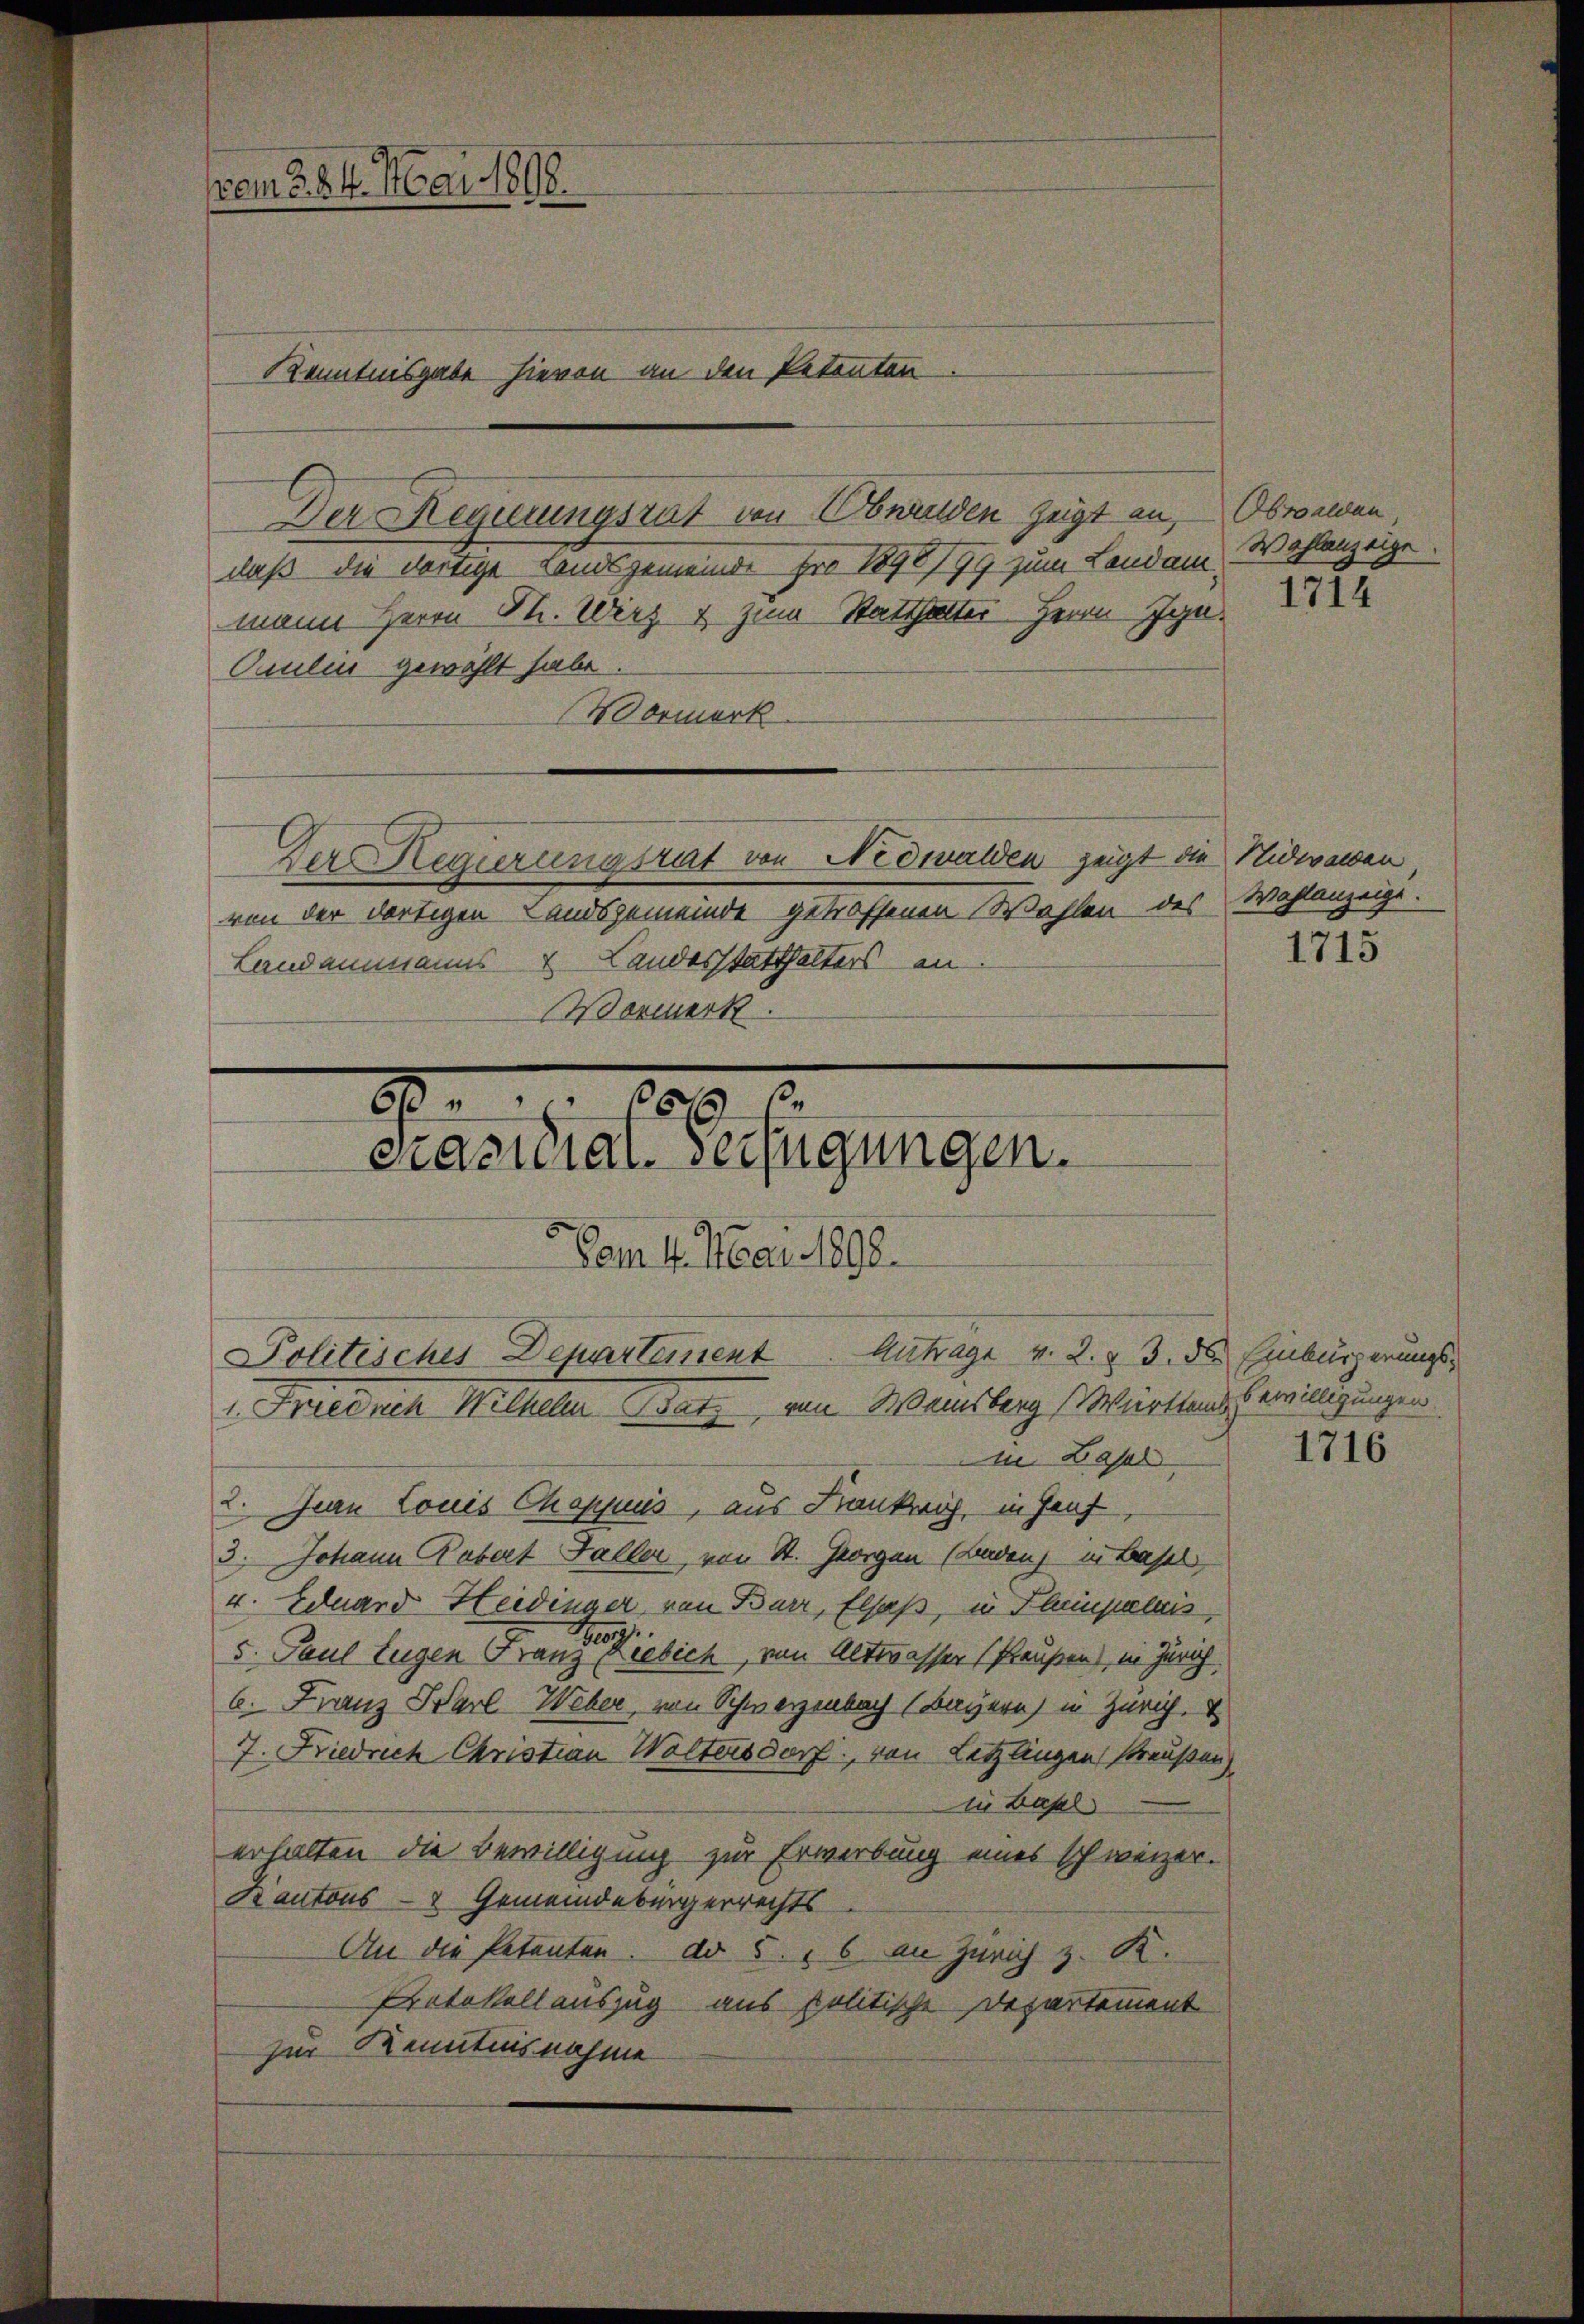
vom 3. 24. Mai 1808.

Der Regierungsrat von Obereiden zeigt an,
daß die dortige Landsgemeinde pro 1898/99 zum Landam
mann Herrn M. Wirz & zum Statthalter Herrn Ign¬
Cculin gewählt habe.
Vormerk
Der Regierungsrat von Nidwalden zeigt die Nidwalden
von der dortigen Landsgemeinde getroffenen Wohlen des Wahlanzeige.
Landammanns Landesstatthalters an
Wormerk

6
2
ciantrat verfügungen.
Vom 4. Mai 1892.

Kenntnisgabe hievon an den Petenten

Politisches Departement

Antrage v. 2. §. 3. ds Einbürgerungs¬

Obwalden
Wahlanzeige.

1. Frieduch Wilhelm Batz, von Weinsberg Württem Bewilligungen.
m Basel
2. Jean Louis Choppuis, aus Krankreich, in Genf
3. Johann Robert Faller, von St. Georgen (Badenz in Basel,
4. Eduard Heidinger von Barr, Elsaß, in Flumpeleis
5. Paul Eugen Franz Liebich, von Alterasser (Praußen), in Zürich.
6. Franz Karl Weber, von Schwerzenbach (Bayern) in Zürich.
7. Friedrich Christian Waltersdorf, von Letztingen Preußen)
iie Lapl
erhalten die Bewilligung zur Erwerbung eines schweizer.
Kantons- & Gemeindebürgerrechts
An die Petenten. Dr 5. " 6 an Zürich z. K.
Protokollauszug aus politische Departement
zur Kenntnisnahme

1714

1715

1716